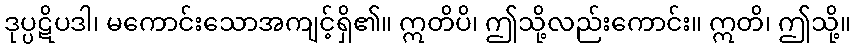
ဒုပ္ပဋိပဒါ၊ မကောင်းသောအကျင့်ရှိ၏။ ဣတိပိ၊ ဤသို့လည်းကောင်း။ ဣတိ၊ ဤသို့။